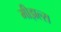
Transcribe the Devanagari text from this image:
मीझल्स